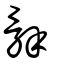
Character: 辝